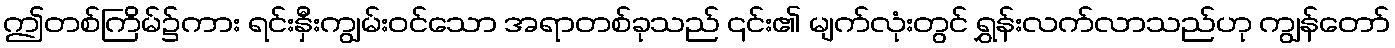
ဤတစ်ကြိမ်၌ကား ရင်းနှီးကျွမ်းဝင်သော အရာတစ်ခုသည် ၎င်း၏ မျက်လုံးတွင် ရွှန်းလက်လာသည်ဟု ကျွန်တော်